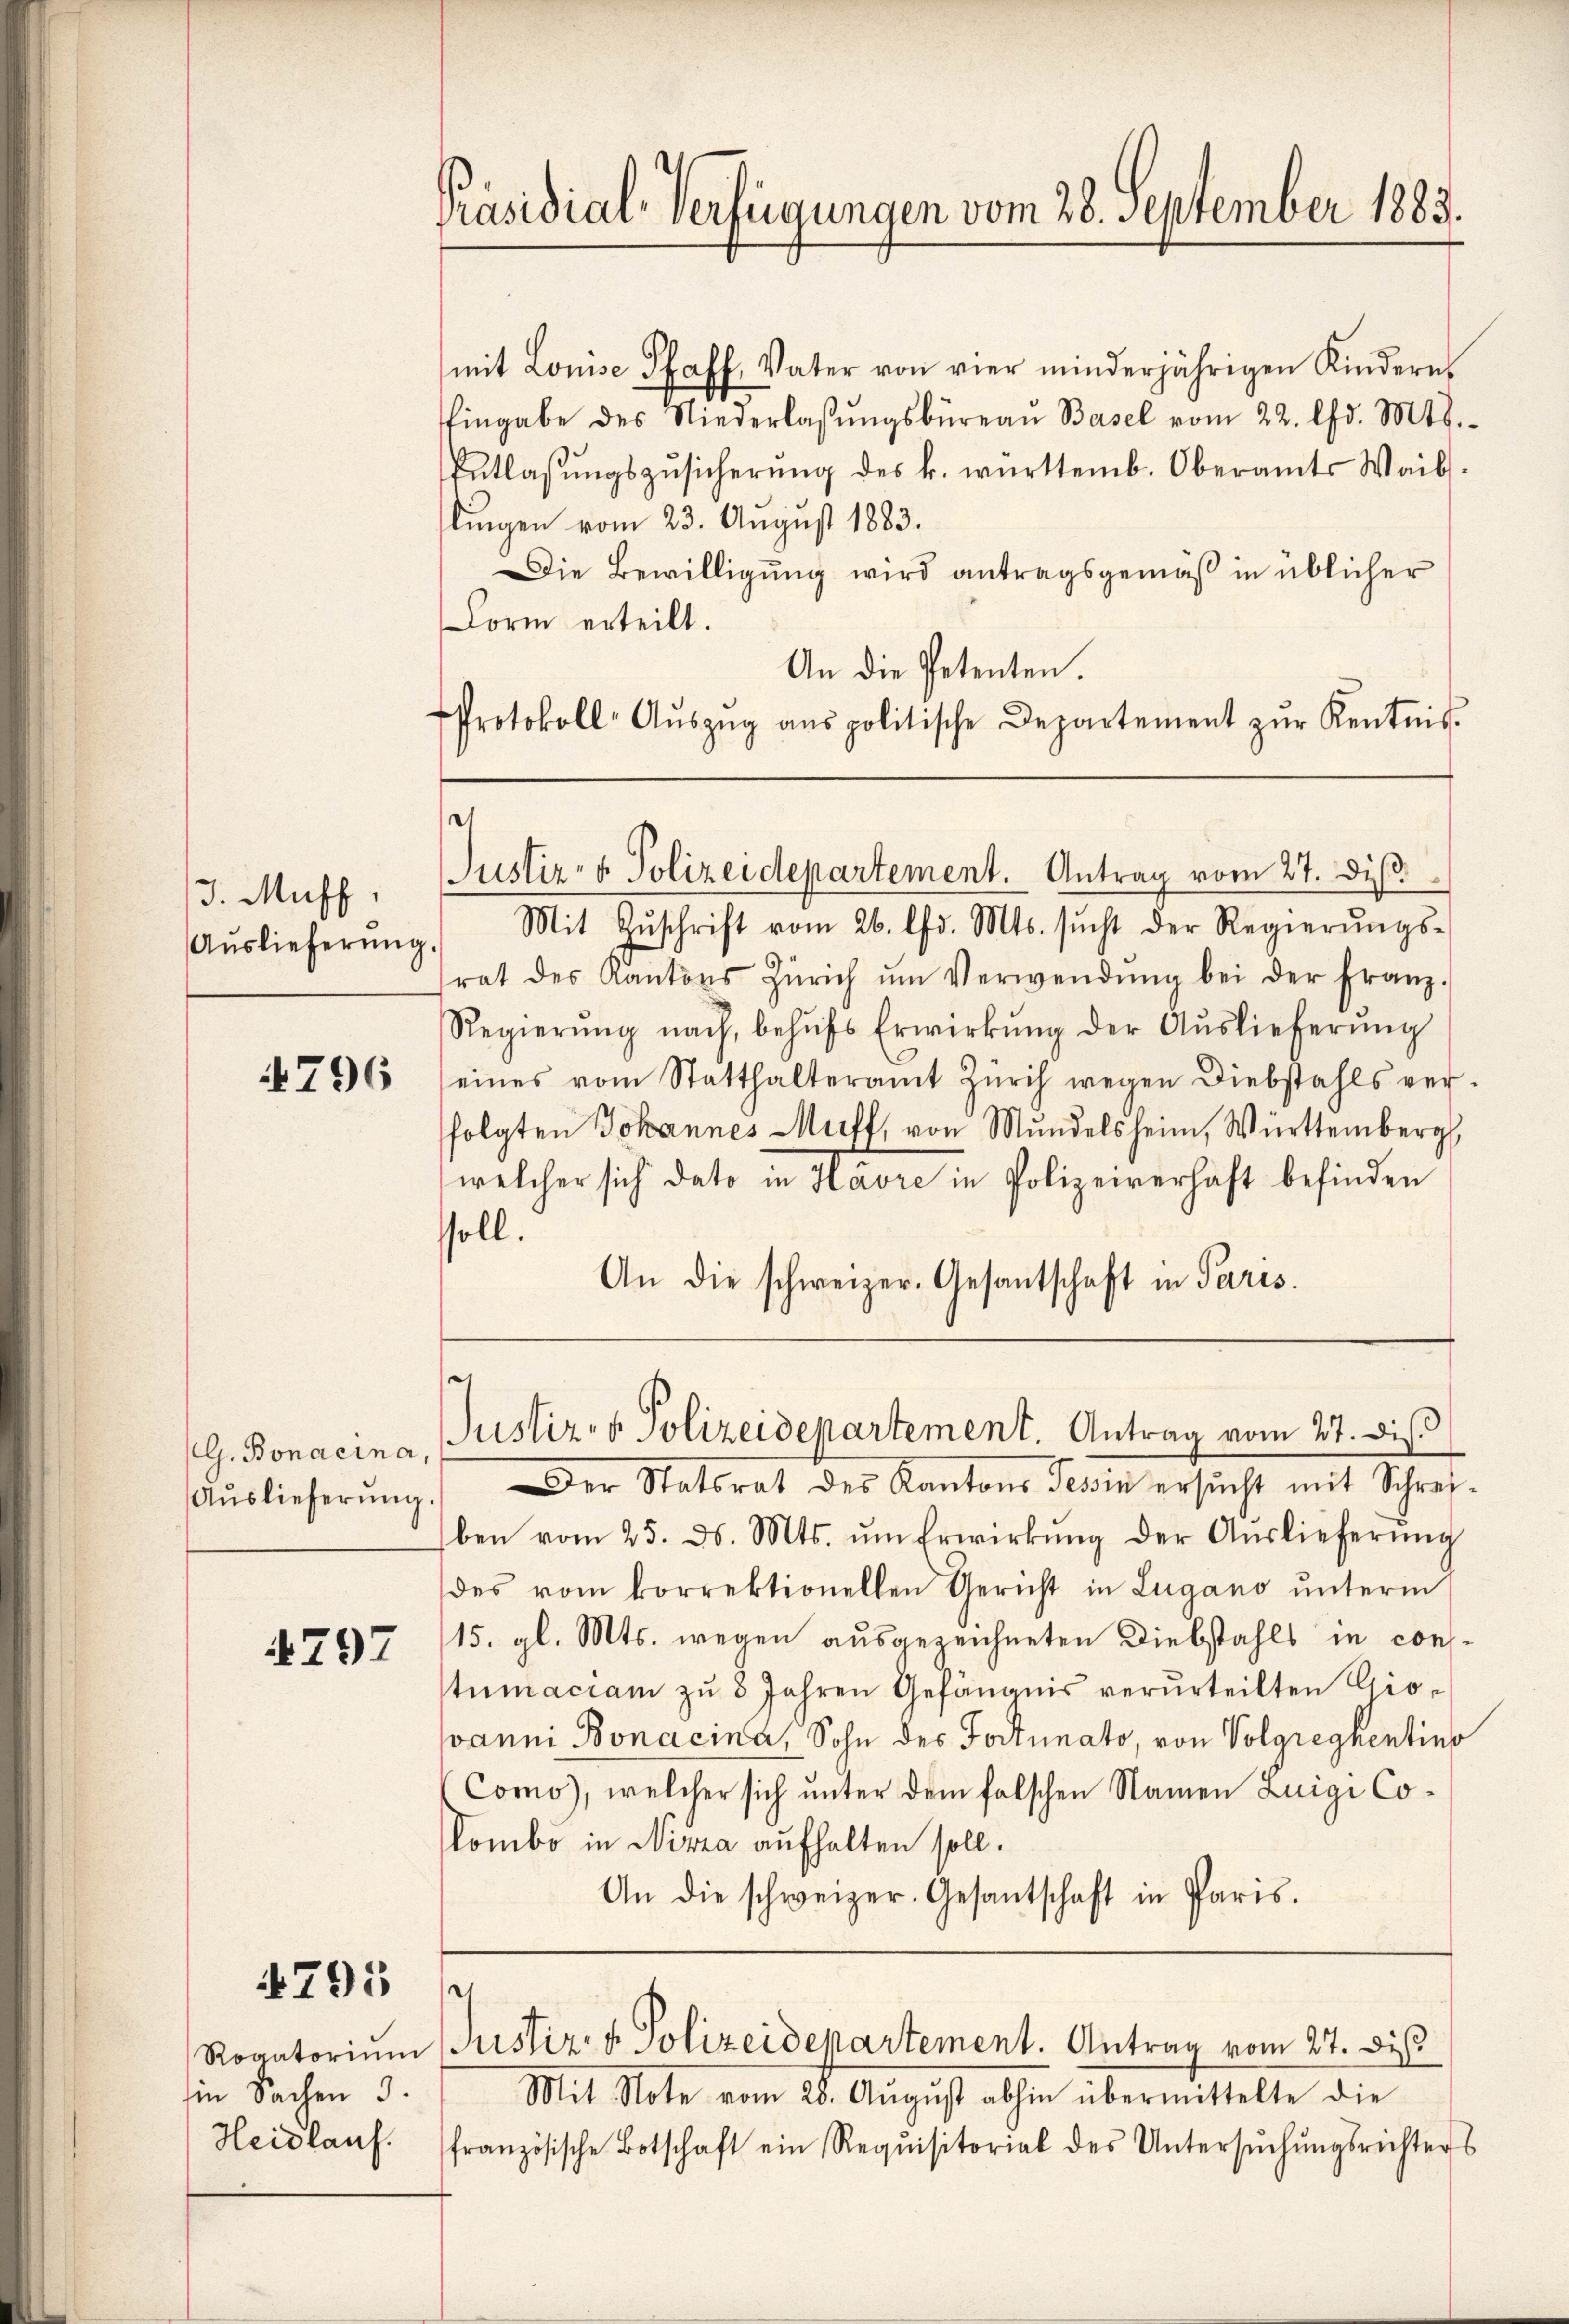
J. Muhl,
Auslieferŭng.

4796

Auslieferŭng.

797

4795

Ein Sachen 3.
Heidlauf.

mit Louise Pfaff, Vater von vier minderjährigen Kindern.
Eingabe des Niederlassŭngsbüreaŭ Basel vom 22. d. Mts.
Entlassŭngszŭsicherŭng des k. württemb. Oberamts Waib
flingen vom 23. August 1883.
Die Bewilligung wird antragsgemäß in üblicher
Form erteilt.
An die Petenten.
Protokoll-Aŭszŭg aŭs politische Departement zŭr Kentnis-

Präsidial-Verfügungen vom 28. September 1883.

d
Justiz- & Polizeidepartement. Antrag vom 27. diβ.

Mit Zŭschrift vom 26. lfd. Mts. sŭcht der Regierŭngs-
frat des Kantons Zürich ŭm Verwendŭng bei der Franz-
Regierŭng nach, behŭfs Erwirkŭng der Aŭslieferŭng
eines vom Statthalteramt Zürich wegen Diebstahls ver-
folgten Johannes Muff, von Mŭndelsheim, Württemberg,
welcher sich dato in Havre in Polizeiverhaft befinden
ssoll.
An die schweizer. Gesantschaft in Paris.

e
(G. Bonacina, Justiz- & Polizeidepartement. Antrag vom 27. die

Der Statsrat des Kantons Tessin ersucht mit Schreiben vom 25. d. Mts. ŭm Erwirkŭng der Auslieferŭng
des vom korrektionellen Gericht in Lugano ŭnterm
15. gl. Mts. wegen ausgezeichneten Diebstahls in constumaciam zŭ 8 Jahren Gefängnis verurteilten Giovanni Bonacina, Sohn des Portunato, von Volgregkentins
Como, welcher sich unter dem falschen Namen Zuigi Coombo in Nizza aufhalten soll.
An die schweizer. Gesantschaft in Paris.

sch
Rogatoriŭm Justiz- & Polizeidepartement. Antrag vom 27. dis

Mit Note vom 28. Aŭgŭst abhin übermittelte die
französische Botschaft ein Requisitorial des Untersŭchŭngsrichters